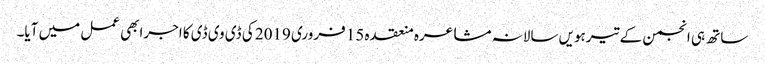
ساتھ ہی انجمن کے تیرہویں سالانہ مشاعرہ منعقدہ 15 فروری 2019 کی ڈی وی ڈی کا اجرابھی عمل میں آیا۔